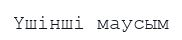
Үшінші маусым